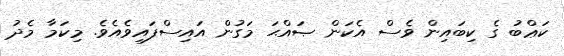
ކަޢްބު ގެ ކިބައިން ވެސް އެކަން ޞައްޙަ މަގުން އައިސްފައިވެއެވެ. މިކަމާ މެދު